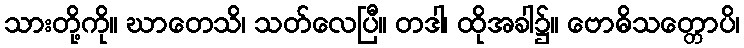
သားတို့ကို။ ဃာတေသိ၊ သတ်လေပြီ။ တဒါ၊ ထိုအခါ၌။ ဗောဓိသတ္တောပိ၊